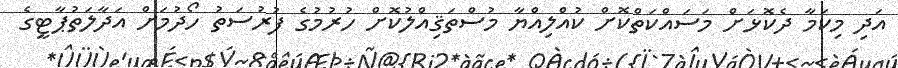
އަދި މިކަމާ ދެކޮޅަށް މަސައްކަތްކޮށް ކުއްލިއްޔާ މުސްތަޤިއްލުކޮށް ހުރުމުގެ ފުރުސަތު ހޯދުމަށް އަދާލަތުޕާޓީގެ